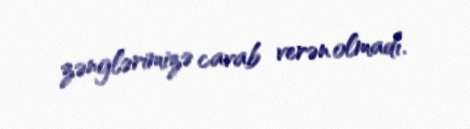
zənglərimizə cavab verən olmadı.